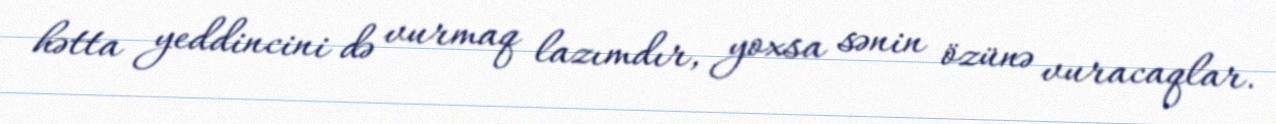
hətta yeddincini də vurmaq lazımdır, yoxsa sənin özünə vuracaqlar.